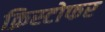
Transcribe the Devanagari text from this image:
क्रिस्‍टोफर